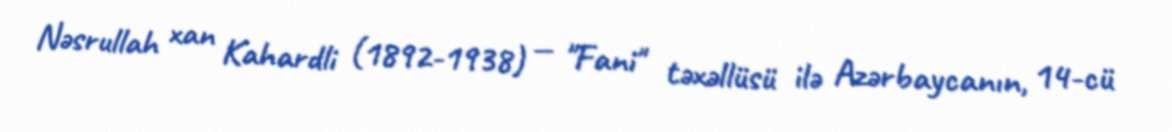
Nəsrullah xan Kahardli (1892-1938) — "Fani" təxəllüsü ilə Azərbaycanın, 14-cü